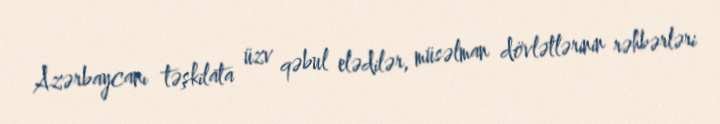
Azərbaycanı təşkilata üzv qəbul elədilər, müsəlman dövlətlərinin rəhbərləri